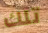
تلك